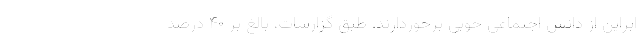
ابراین از دانش اجتماعی خوبی برخوردارند. طبق گزارشات، بالغ بر ۴۰ درصد